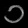
Digit: ၁